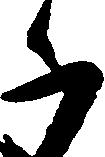
千